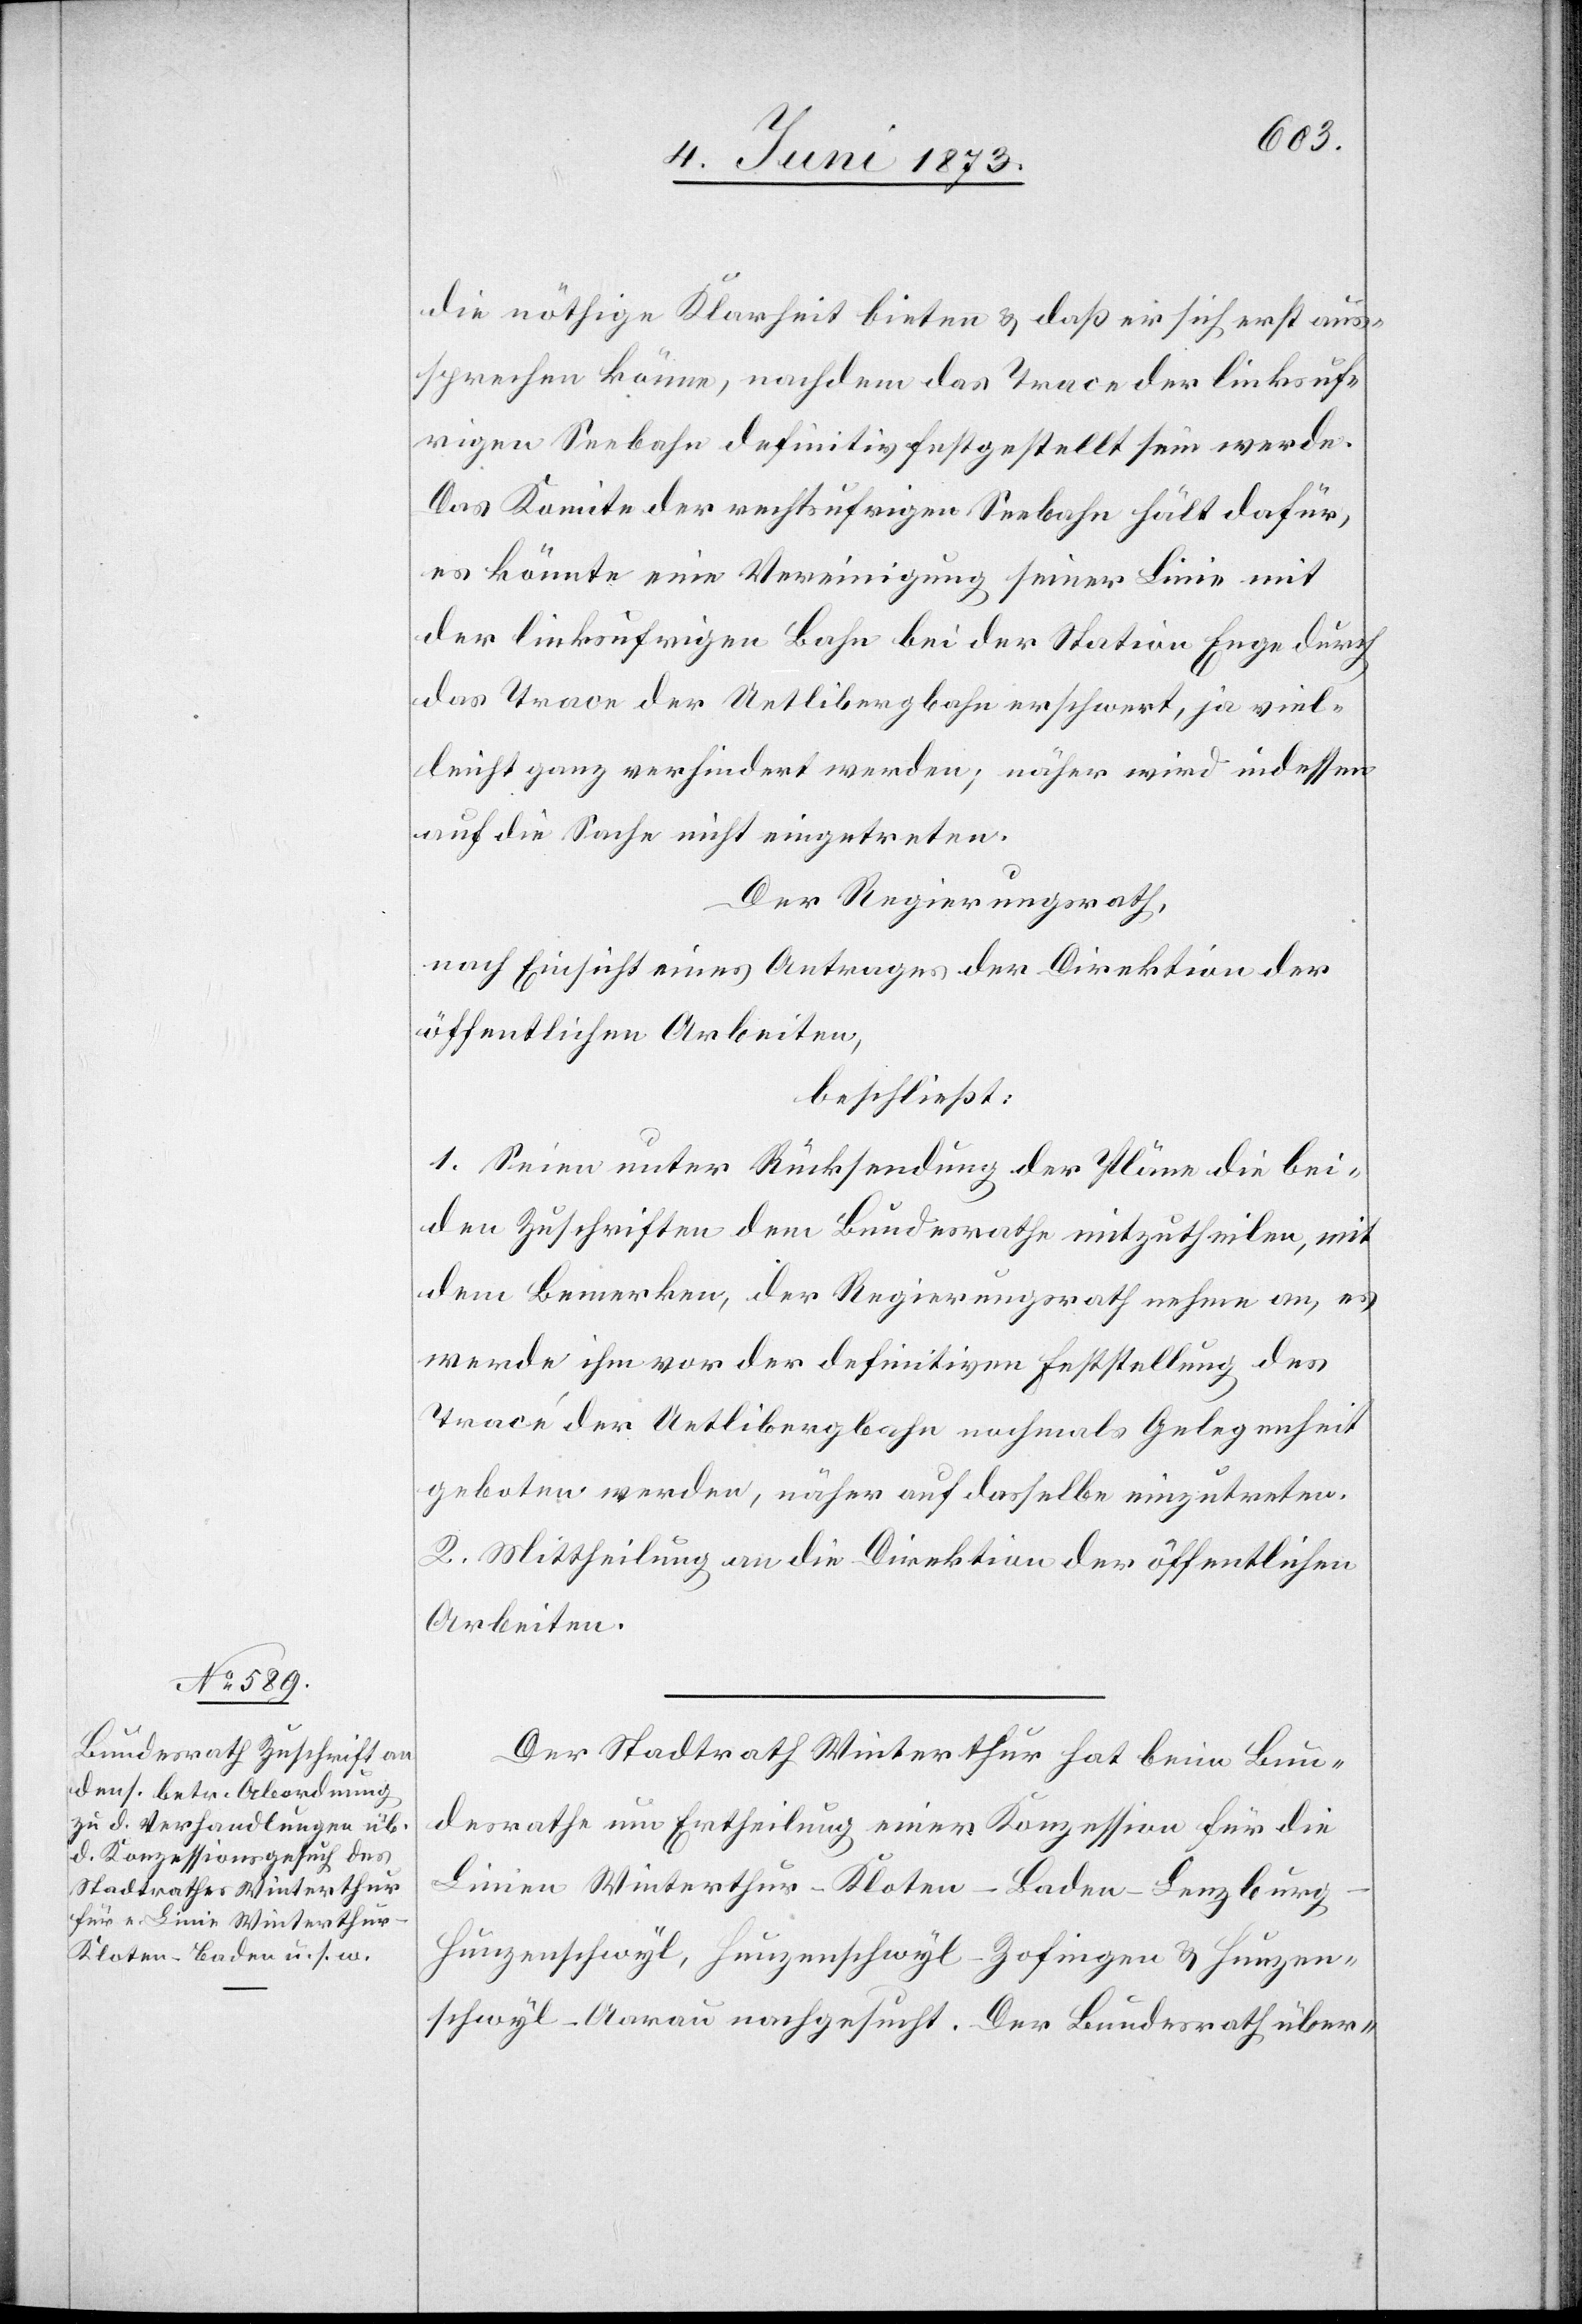
die nöthige Klarheit bieten & daß er sich erst aus¬
sprechen könne, nachdem das Trace der linksuf¬
rigen Seebahn definitiv festgestellt sein werde.
Das Komitee der rechtsufrigen Seebahn hält dafür,
es könnte eine Vereinigung seiner Linie mit
der linksufrigen Bahn bei der Station Enge durch
das Trace der Uetlibergbahn erschwert, ja viel¬
leicht ganz verhindert werden; näher wird indessen
auf die Sache nicht eingetreten.
Der Regierungsrath,
nach Einsicht eines Antrages der Direktion der
öffentlichen Arbeiten,
beschließt:
1. Seien unter Rücksendung der Pläne die bei¬
den Zuschriften dem Bundesrathe mitzuteilen, mit
dem Bemerken, der Regierungsrath nehme an, es
werde ihm vor der definitiven Feststellung des
Tracé der Uetlibergbahn nochmals Gelegenheit
geboten werden, näher auf dasselbe einzutreten.
2. Mittheilung an die Direktion der öffentlichen
Arbeiten.
Der Stadtrath Winterthur hat beim Bun¬
desrathe um Ertheilung einer Konzession für die
Linien Winterthur–Kloten–Baden–Lenzburg–H¬
unzenschwyl, Hunzenschwyl–Zofingen & Hunzen¬
schwyl–Aarau nachgesucht. Der Bundesrath über-